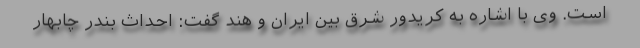
است. وی با اشاره به کریدور شرق بین ایران و هند گفت: احداث بندر چابهار